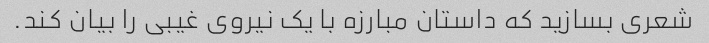
شعری بسازید که داستان مبارزه با یک نیروی غیبی را بیان کند.